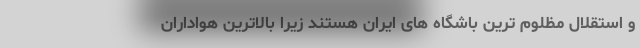
و استقلال مظلوم ترین باشگاه های ایران هستند زیرا بالاترین هواداران